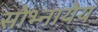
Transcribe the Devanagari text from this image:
सोभ्नायेय